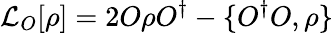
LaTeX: \mathcal{L}_{O}[\rho]=2O\rho O^{\dagger}-\{ O^{\dagger}O,\rho\}